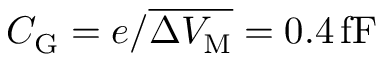
C _ { \mathrm { G } } = e / \overline { { \Delta V _ { \mathrm M } } } = 0 . 4 \, \mathrm { f F }